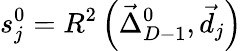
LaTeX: s_{j}^{0}=R^{2}\left(\vec{\Delta}_{D-1}^{0},\vec{d}_{j}\right)